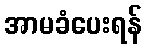
အာမခံပေးရန်